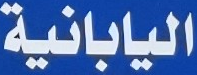
اليابانية